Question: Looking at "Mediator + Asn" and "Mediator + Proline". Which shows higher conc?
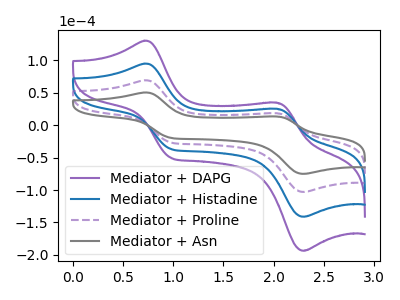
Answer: <think>The purple curve "Mediator + DAPG" has anodic peaks at (0.70V, 207.95uA) (2.05V, 55.65uA) and cathodic peaks at (1.00V, -80.30uA) (2.30V, -308.50uA). The blue curve "Mediator + Histadine" has anodic peaks at (0.70V, 138.65uA) (2.05V, 37.10uA) and cathodic peaks at (1.00V, -53.55uA) (2.30V, -205.65uA). The purple dashed curve "Mediator + Proline" has anodic peaks at (0.70V, 69.30uA) (2.05V, 18.55uA) and cathodic peaks at (1.00V, -26.75uA) (2.30V, -102.85uA). The gray curve "Mediator + Asn" has anodic peaks at (0.70V, 50.55uA) (2.05V, 13.50uA) and cathodic peaks at (1.00V, -19.50uA) (2.30V, -74.95uA).
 All the peaks in "Mediator + Asn" have a peak in "Mediator + Proline" at the same potential. Every peak in "Mediator + Asn" is lower than every peak in "Mediator + Proline".</think>
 <answer>"Mediator + Asn" has less signal than "Mediator + Proline" and so likely has a lower concentration.</answer>
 <eval>less_concentration</eval>